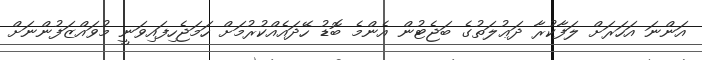
އަންނަ އަހަރަށް ލަފާކުރާ ދަޢުލަތުގެ ބަޖެޓުން އެންމެ ބޮޑު ހޭދައެއްކުރުމަށް ހަމަޖެހިފައިވަނީ މުވައްޒަފުންނަށް